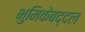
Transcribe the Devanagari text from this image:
भुमिकेबद्दल